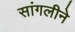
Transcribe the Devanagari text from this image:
सांगलीने